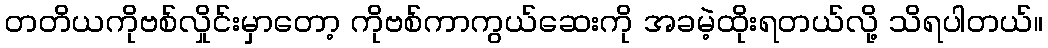
တတိယကိုဗစ်လှိုင်းမှာတော့ ကိုဗစ်ကာကွယ်ဆေးကို အခမဲ့ထိုးရတယ်လို့ သိရပါတယ်။